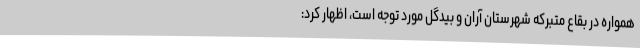
همواره در بقاع متبرکه شهرستان آران و بیدگل مورد توجه است، اظهار کرد: